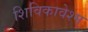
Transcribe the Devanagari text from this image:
शिविकावेश्म